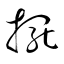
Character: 擺